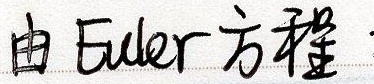
由 Euler 方程